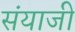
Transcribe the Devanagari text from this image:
संयाजी